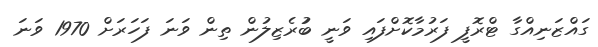
ގައްޒަނިއްގާ ޓްރޮފީ ފަރުމާކޮށްފައި ވަނީ ބުުރެޒިލުން ތިން ވަނަ ފަހަރަށް 1970 ވަނަ